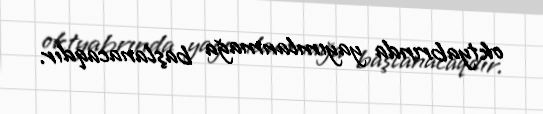
oktyabrında yayımlanmağa başlanacaqdır.